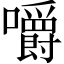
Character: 嚼